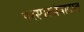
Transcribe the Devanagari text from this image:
परस्परसंवादात